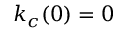
k _ { c } ( 0 ) = 0